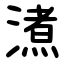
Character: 㵭